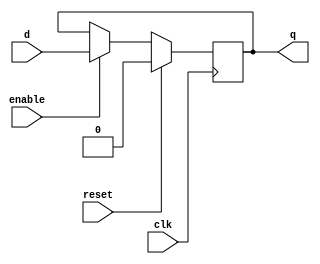
module dff_reset (
    input wire clk,        // Clock signal
    input wire reset,      // Reset signal
    input wire enable,     // Enable signal
    input wire d,          // Data input
    output reg q           // Data output
);

    // Synchronous reset logic
    always @(posedge clk) begin
        if (reset) begin
            q <= 0;         // Reset the output to 0
        end else if (enable) begin
            q <= d;         // Output follows the input when enable signal is high
        end
    end

endmodule